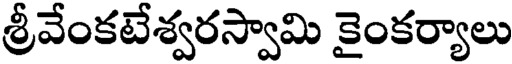
శ్రీవేంకటేశ్వరస్వామి కైంకర్యాలు